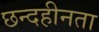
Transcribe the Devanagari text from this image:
छन्दहीनता